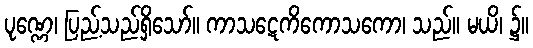
ပုဏ္ဏေ၊ ပြည့်သည်ရှိသော်။ ကာသဋေကိကောသကော၊ သည်။ မယိ၊ ၌။